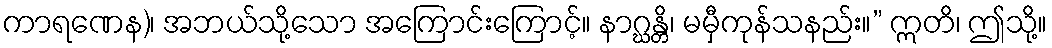
ကာရဏေန)၊ အဘယ်သို့သော အကြောင်းကြောင့်။ နာဂ္ဃန္တိ၊ မမှီကုန်သနည်း။” ဣတိ၊ ဤသို့။